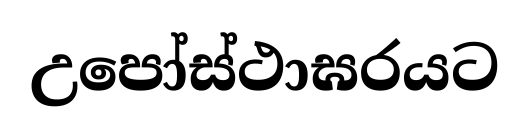
උපෝස්ථාඝරයට